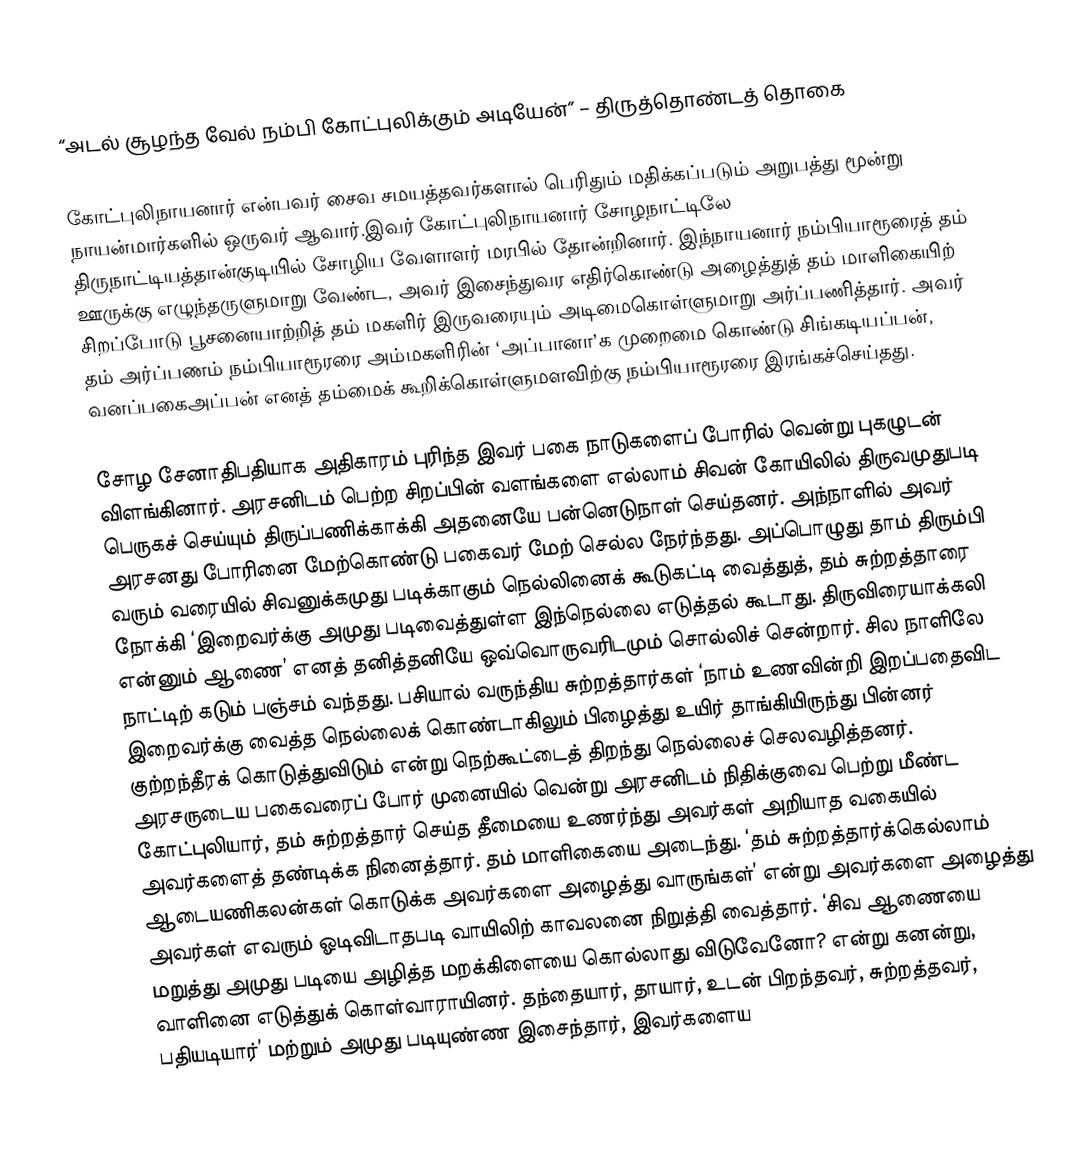
“அடல் சூழந்த வேல் நம்பி கோட்புலிக்கும் அடியேன்” – திருத்தொண்டத் தொகை

கோட்புலிநாயனார் என்பவர் சைவ சமயத்தவர்களால் பெரிதும் மதிக்கப்படும் அறுபத்து மூன்று நாயன்மார்களில் ஒருவர் ஆவார்.இவர் கோட்புலிநாயனார் சோழநாட்டிலே திருநாட்டியத்தான்குடியில் சோழிய வேளாளர் மரபில் தோன்றினார். இந்நாயனார் நம்பியாரூரைத் தம் ஊருக்கு எழுந்தருளுமாறு வேண்ட, அவர் இசைந்துவர எதிர்கொண்டு அழைத்துத் தம் மாளிகையிற் சிறப்போடு பூசனையாற்றித் தம் மகளிர் இருவரையும் அடிமைகொள்ளுமாறு அர்ப்பணித்தார். அவர் தம் அர்ப்பணம் நம்பியாரூரரை அம்மகளிரின் ‘அப்பானா’க முறைமை கொண்டு சிங்கடியப்பன், வனப்பகைஅப்பன் எனத் தம்மைக் கூறிக்கொள்ளுமளவிற்கு நம்பியாரூரரை இரங்கச்செய்தது.

சோழ சேனாதிபதியாக அதிகாரம் புரிந்த இவர் பகை நாடுகளைப் போரில் வென்று புகழுடன் விளங்கினார். அரசனிடம் பெற்ற சிறப்பின் வளங்களை எல்லாம் சிவன் கோயிலில் திருவமுதுபடி பெருகச் செய்யும் திருப்பணிக்காக்கி அதனையே பன்னெடுநாள் செய்தனர். அந்நாளில் அவர் அரசனது போரினை மேற்கொண்டு பகைவர் மேற் செல்ல நேர்ந்தது. அப்பொழுது தாம் திரும்பி வரும் வரையில் சிவனுக்கமுது படிக்காகும் நெல்லினைக் கூடுகட்டி வைத்துத், தம் சுற்றத்தாரை நோக்கி ‘இறைவர்க்கு அமுது படிவைத்துள்ள இந்நெல்லை எடுத்தல் கூடாது. திருவிரையாக்கலி என்னும் ஆணை’ எனத் தனித்தனியே ஒவ்வொருவரிடமும் சொல்லிச் சென்றார். சில நாளிலே நாட்டிற் கடும் பஞ்சம் வந்தது. பசியால் வருந்திய சுற்றத்தார்கள் ‘நாம் உணவின்றி இறப்பதைவிட இறைவர்க்கு வைத்த நெல்லைக் கொண்டாகிலும் பிழைத்து உயிர் தாங்கியிருந்து பின்னர் குற்றந்தீரக் கொடுத்துவிடும் என்று நெற்கூட்டைத் திறந்து நெல்லைச் செலவழித்தனர். அரசருடைய பகைவரைப் போர் முனையில் வென்று அரசனிடம் நிதிக்குவை பெற்று மீண்ட கோட்புலியார், தம் சுற்றத்தார் செய்த தீமையை உணர்ந்து அவர்கள் அறியாத வகையில் அவர்களைத் தண்டிக்க நினைத்தார். தம் மாளிகையை அடைந்து. ‘தம் சுற்றத்தார்க்கெல்லாம் ஆடையணிகலன்கள் கொடுக்க அவர்களை அழைத்து வாருங்கள்’ என்று அவர்களை அழைத்து அவர்கள் எவரும் ஓடிவிடாதபடி வாயிலிற் காவலனை நிறுத்தி வைத்தார். ‘சிவ ஆணையை மறுத்து அமுது படியை அழித்த மறக்கிளையை கொல்லாது விடுவேனோ? என்று கனன்று, வாளினை எடுத்துக் கொள்வாராயினர். தந்தையார், தாயார், உடன் பிறந்தவர், சுற்றத்தவர், பதியடியார்’ மற்றும் அமுது படியுண்ண இசைந்தார், இவர்களைய